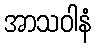
အာသဝါနံ